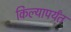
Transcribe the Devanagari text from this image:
किल्यापर्यंत